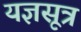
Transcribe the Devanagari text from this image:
यज्ञसूत्र